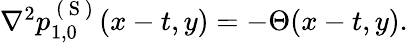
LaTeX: \begin{array}{r}{\nabla^{2}p_{1,0}^{\mathrm{~(~S~)~}}(x-t,y)=-\Theta(x-t,y).}\end{array}